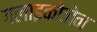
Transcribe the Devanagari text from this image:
गलाइकोजेन